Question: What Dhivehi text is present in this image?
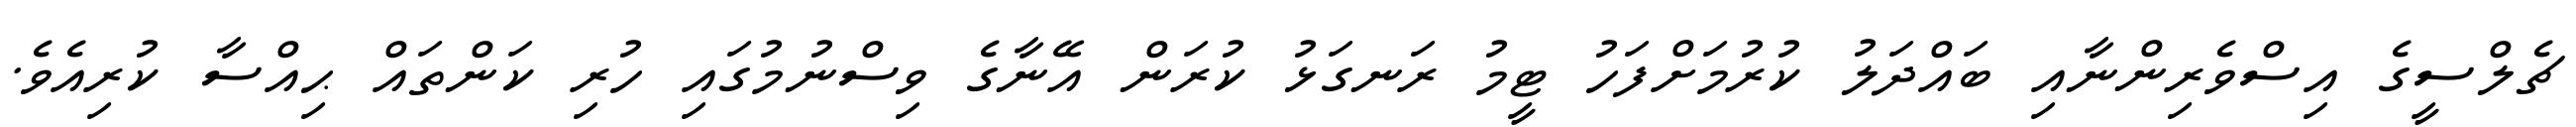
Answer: ޗެލްސީގެ އިސްވެރިންނާއި ބައްދަލު ކުރުމަށްފަހު ޓީމު ރަނގަޅު ކުރަން އޭނާގެ ވިސްނުމުގައި ހުރި ކަންތައް ޙިއްސާ ކުރިއެވެ.